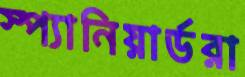
স্প্যানিয়ার্ডরা